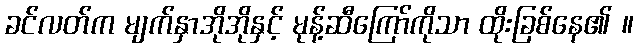
ခင်လတ်က မျက်နှာအိုအိုနှင့် မုန့်ဆီကြော်ကိုသာ ထိုးခြစ်နေ၏ ။